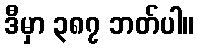
ဒီမှာ ၃၈၇ ဘတ်ပါ။